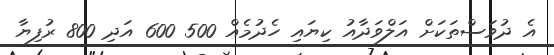
އެ ދުވަސްތަކަށް އަލްވަދާއު ކިޔައި ހެދުމެއް 500 600 އަދި 800 ރުފިޔާ